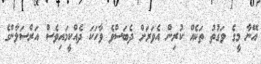
އޭނާ މީގެ ވަގުތު ތަކެއް ކުރިން އެވަރަށް ދެބަސްވެ ވާހަކަ ދެއްކީމައިވެސް އަރްސަލާންގެ